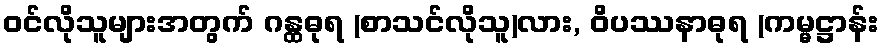
ဝင်လိုသူများအတွက် ဂန္ထဓုရ (စာသင်လိုသူ)လား, ဝိပဿနာဓုရ (ကမ္မဋ္ဌာန်း